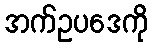
အက်ဥပဒေကို